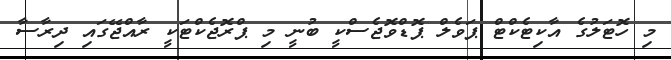
މި ހޮޓަލުގެ އާކިޓެކްޓް ޕަވެލް ޕޮޑްވޮޖެސްކީ ބުނީ މި ޕްރޮޖެކްޓަކީ ރާއްޖޭގައި ދިރާސާ